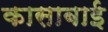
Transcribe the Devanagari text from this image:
कासाबाई